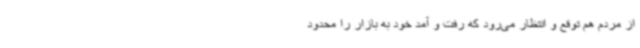
از مردم هم توقع و انتظار می‌رود که رفت و آمد خود به بازار را محدود